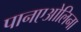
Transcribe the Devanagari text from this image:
पानएओलिना